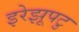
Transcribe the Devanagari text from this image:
इरेझूपटु